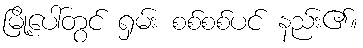
မြို့ပေါ်တွင် ရှမ်း စစ်စစ်ပင် နည်း၏။